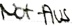
Text: Not-Aus